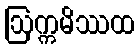
ဩက္ကမိဿထ